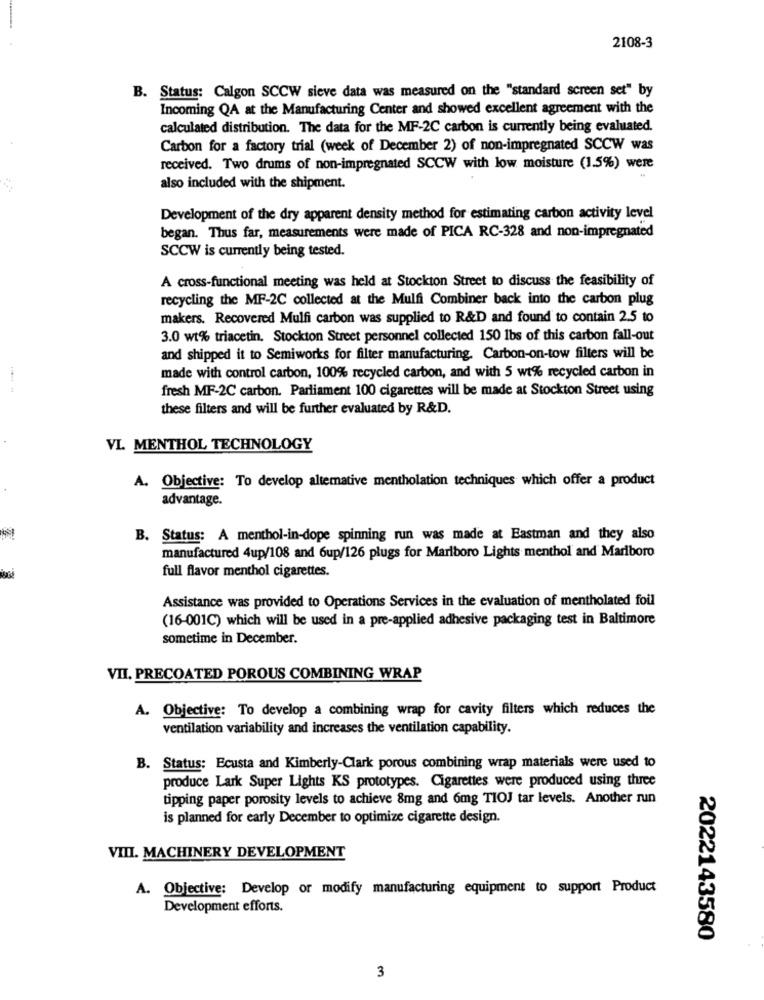
2108-3
B. Status: Calgon SCCW sieve data was measured on the "standard screen set" by
Incoming QA at the Manufacturing Center and showed excellent agreement with the
calculated distribution. The data for the MF-2C carbon is currently being evaluated.
Carbon for a factory trial (week of December 2) of non-impregnated SCCW was
received. Two drums of non-impregnated SCCW with low moisture (1.5%) were
also included with the shipment.
Development of the dry apparent density method for estimating carbon activity level
began. Thus far, measurements were made of PICA RC-328 and non-impregnated
SCCW is currently being tested.
A cross-functional meeting was held at Stockton Street to discuss the feasibility of
recycling the MF-2C collected at the Mulfi Combiner back into the carbon plug
makers. Recovered Mulfi carbon was supplied to R&D and found to contain 2.5 to
3.0 wt% triacetin. Stockton Street personnel collected 150 lbs of this carbon fall-out
and shipped it to Semiworks for filter manufacturing. Carbon-on-tow filters will be
made with control carbon, 100% recycled carbon, and with 5 wt% recycled carbon in
fresh MF-2C carbon. Parliament 100 cigarettes will be made at Stockton Street using
these filters and will be further evaluated by R&D.
VL MENTHOL TECHNOLOGY
A. Objective: To develop alternative mentholation techniques which offer a product
advantage.
B. Status: A menthol-in-dope spinning run was made at Eastman and they also
manufactured 4up/108 and 6up/126 plugs for Marlboro Lights menthol and Marlboro
full flavor menthol cigarettes.
Assistance was provided to Operations Services in the evaluation of mentholated foil
(16-001C) which will be used in a pre-applied adhesive packaging test in Baltimore
sometime in December.
VII. PRECOATED POROUS COMBINING WRAP
A. Objective: To develop a combining wrap for cavity filters which reduces the
ventilation variability and increases the ventilation capability.
B. Status: Ecusta and Kimberly-Clark porous combining wrap materials were used to
produce Lark Super Lights KS prototypes. Cigarettes were produced using three
tipping paper porosity levels to achieve 8mg and 6mg TIOJ tar levels. Another run
is planned for early December to optimize cigarette design.
VIII. MACHINERY DEVELOPMENT
A. Objective: Develop or modify manufacturing equipment to support Product
Development efforts.
2022143580
3